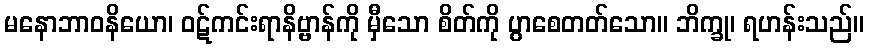
မနောဘာဝနိယော၊ ဝဋ်ကင်းရာနိဗ္ဗာန်ကို မှီသော စိတ်ကို ပွာစေတတ်သော။ ဘိက္ခု၊ ရဟန်းသည်။